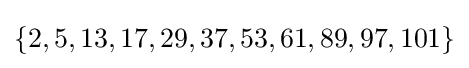
\{2,5,13,17,29,37,53,61,89,97,101\}